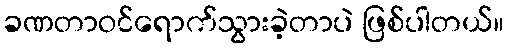
ခဏတာဝင်ရောက်သွားခဲ့တာပဲ ဖြစ်ပါတယ်။